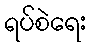
ရပ်စဲရေး